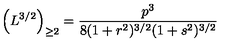
\left( L ^ { { 3 } / { 2 } } \right) _ { \geq 2 } = \frac { p ^ { 3 } } { 8 ( 1 + r ^ { 2 } ) ^ { 3 / 2 } ( 1 + s ^ { 2 } ) ^ { 3 / 2 } }